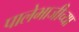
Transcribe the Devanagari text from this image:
पालेभाजीच्या